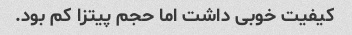
کیفیت خوبی داشت اما حجم پیتزا کم بود.